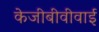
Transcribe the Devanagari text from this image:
केजीबीवीवाई